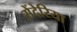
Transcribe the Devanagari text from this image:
सेंदेरिया